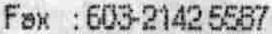
FAX :603-2142 5587